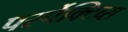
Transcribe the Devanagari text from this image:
पर्स्पेक्टिव्स